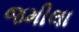
જમીલા